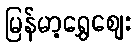
မြန်မာ့ရွှေဈေး